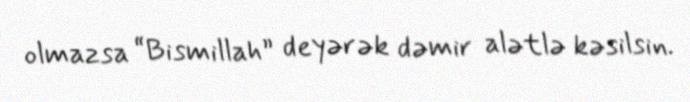
olmazsa “Bismillah” deyərək dəmir alətlə kəsilsin.